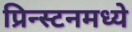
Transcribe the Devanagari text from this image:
प्रिन्स्टनमध्ये